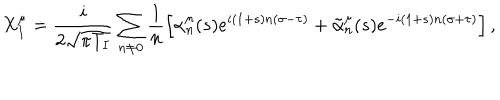
X _ { I } ^ { \mu } = \frac { i } { 2 \sqrt { \pi T _ { I } } } \sum _ { n \neq 0 } \frac { 1 } { n } \left[ \alpha _ { n } ^ { \mu } ( s ) e ^ { i ( 1 + s ) n ( \sigma - \tau ) } + \tilde { \alpha } _ { n } ^ { \mu } ( s ) e ^ { - i ( 1 + s ) n ( \sigma + \tau ) } \right] ,